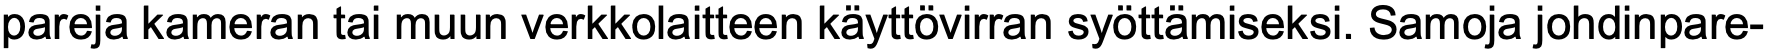
pareja kameran tai muun verkkolaitteen käyttövirran syöttämiseksi. Samoja johdinpare-